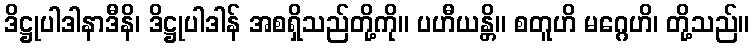
ဒိဋ္ဌုပါဒါနာဒီနိ၊ ဒိဋ္ဌုပါဒါန် အစရှိသည်တို့ကို။ ပဟီယန္တိ။ စတူဟိ မဂ္ဂေဟိ၊ တို့သည်။